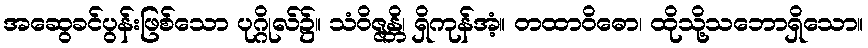
အဆွေခင်ပွန်းဖြစ်သော ပုဂ္ဂိုလ်၌။ သံဝိဇ္ဇန္တိ၊ ရှိကုန်အံ့။ တထာဝိဓော၊ ထိုသို့သဘောရှိသော။